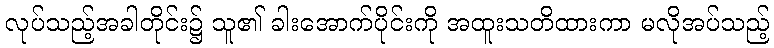
လုပ်သည့်အခါတိုင်း၌ သူ၏ ခါးအောက်ပိုင်းကို အထူးသတိထားကာ မလိုအပ်သည့်